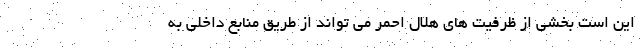
این است بخشی از ظرفیت های هلال احمر می تواند از طریق منابع داخلی به